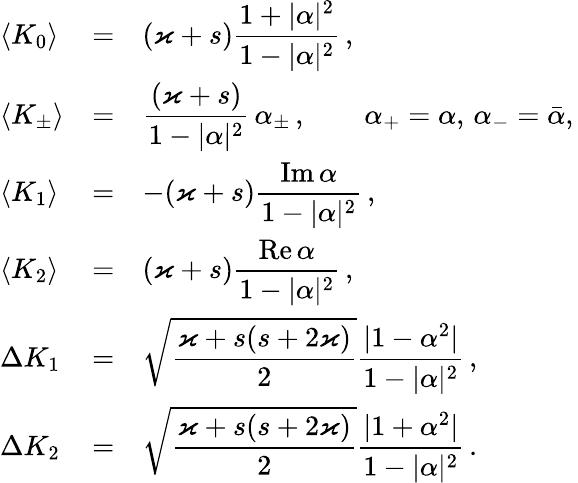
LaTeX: \begin{array}{lll}{\langle K_{0}\rangle}&{=}&{\displaystyle(\varkappa+s)\frac{1+\vert\alpha\vert^{2}}{1-\vert\alpha\vert^{2}}\, ,}\\ {\langle K_{\pm}\rangle}&{=}&{\displaystyle\frac{(\varkappa+s)}{1-\vert\alpha\vert^{2}}\, \alpha_{\pm}\, ,\qquad\alpha_{+}=\alpha,\, \alpha_{-}=\bar{\alpha},\, }\\ {\langle K_{1}\rangle}&{=}&{\displaystyle-(\varkappa+s)\frac{\mathrm{Im}\, \alpha}{1-\vert\alpha\vert^{2}}\, ,}\\ {\langle K_{2}\rangle}&{=}&{\displaystyle(\varkappa+s)\frac{\mathrm{Re}\, \alpha}{1-\vert\alpha\vert^{2}}\, ,}\\ {\Delta K_{1}}&{=}&{\displaystyle\sqrt{\frac{\varkappa+s(s+2\varkappa)}{2}}\frac{\vert 1-\alpha^{2}\vert}{1-\vert\alpha\vert^{2}}\, ,}\\ {\Delta K_{2}}&{=}&{\displaystyle\sqrt{\frac{\varkappa+s(s+2\varkappa)}{2}}\frac{\vert 1+\alpha^{2}\vert}{1-\vert\alpha\vert^{2}}\, .}\end{array}